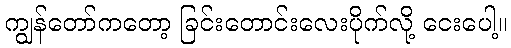
ကျွန်တော်ကတော့ ခြင်းတောင်းလေးပိုက်လို့ ငေးပေါ့။